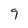
Character: 9